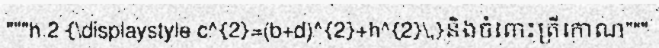
"""h 2 {\displaystyle c^{2}=(b+d)^{2}+h^{2}\,}និងចំពោះត្រីកោណ"""